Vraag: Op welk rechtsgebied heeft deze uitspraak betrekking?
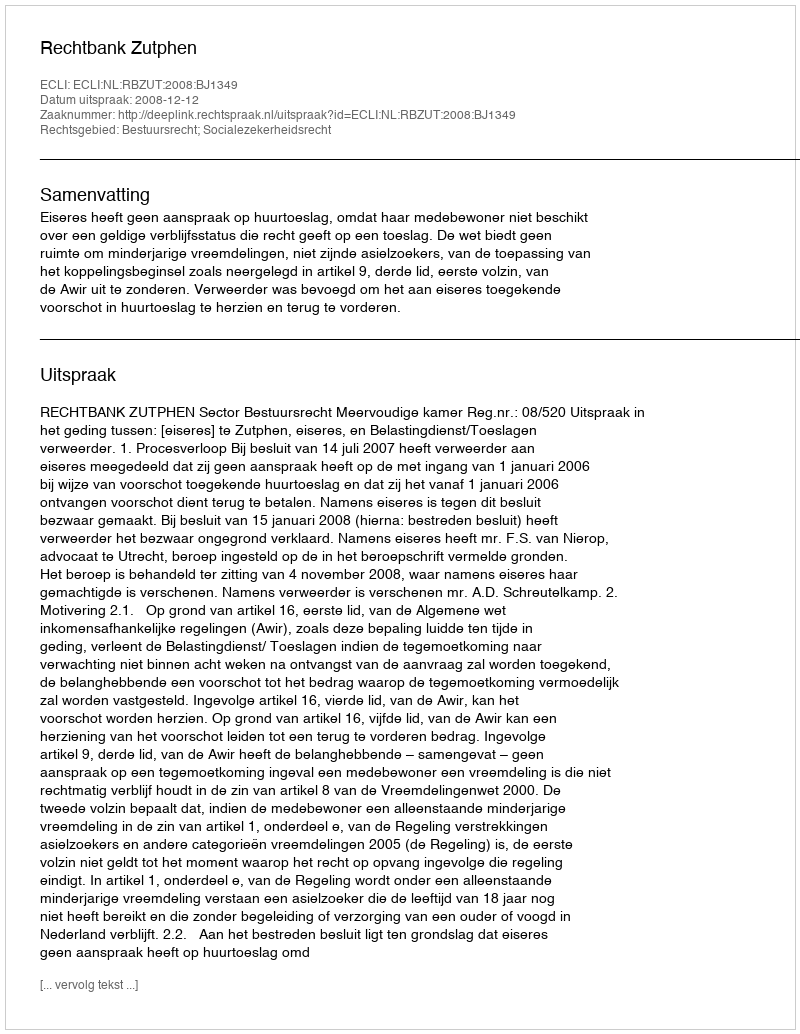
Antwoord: Bestuursrecht; Socialezekerheidsrecht